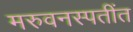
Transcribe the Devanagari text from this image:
मरुवनस्पतींत